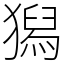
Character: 獡